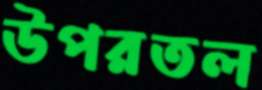
উপরতল